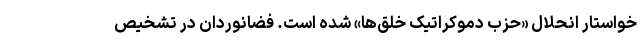
خواستار انحلال «حزب دموکراتیک خلق‌ها» شده است. فضانوردان در تشخیص